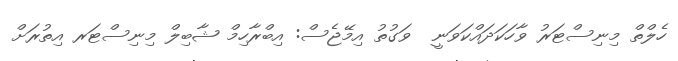
ހެލްތް މިނިސްޓަރު ވާހަކަދައްކަވަނީ  ވަގުތު އިމޭޖެސް: އިބްރާހިމް ޝާބިލް މިނިސްޓަރ އިތުރަށް